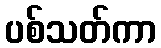
ပစ်သတ်ကာ